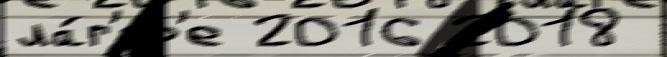
ла́г'ер'е 2016 2018